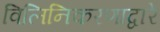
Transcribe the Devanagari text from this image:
विलिनिकरणाद्वारे